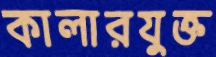
কালারযুক্ত